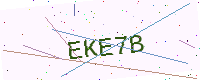
Text: EKE7B